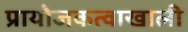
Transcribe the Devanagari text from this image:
प्रायोजकत्वाखाली